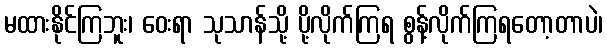
မထားနိုင်ကြဘူး၊ ဝေးရာ သုသာန်သို့ ပို့လိုက်ကြရ စွန့်လိုက်ကြရတော့တာပဲ၊